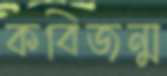
কবিজন্ম